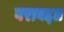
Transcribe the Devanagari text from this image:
वराबद्दल